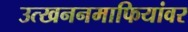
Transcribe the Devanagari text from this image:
उत्खननमाफियांवर